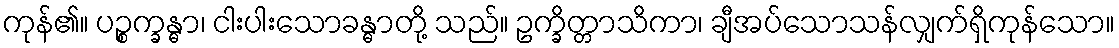
ကုန်၏။ ပဉ္စက္ခန္ဓာ၊ ငါးပါးသောခန္ဓာတို့ သည်။ ဥက္ခိတ္တာသိကာ၊ ချီအပ်သောသန်လျှက်ရှိကုန်သော။